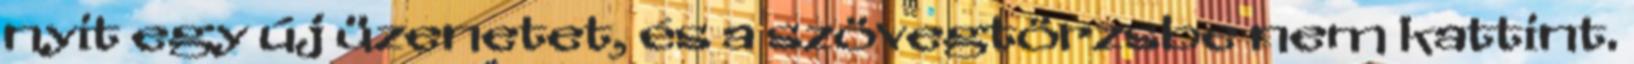
nyit egy új üzenetet, és a szövegtörzsbe nem kattint.